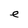
Character: e